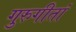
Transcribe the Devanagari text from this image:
गुरुगीतां